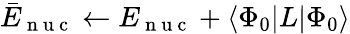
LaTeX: \begin{array}{r}{\bar{E}_{\mathrm{~n~u~c~}}\leftarrow E_{\mathrm{~n~u~c~}}+\langle{\Phi_{0}}|L|{\Phi_{0}}\rangle}\end{array}